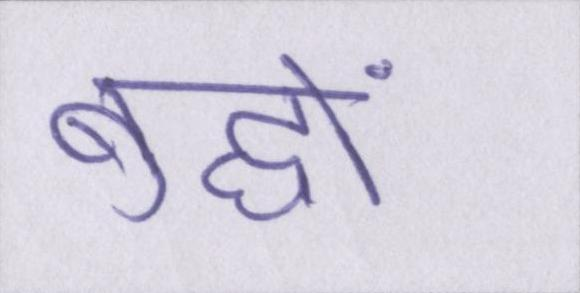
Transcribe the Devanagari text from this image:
बुद्धों